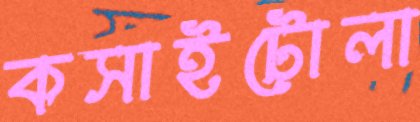
কসাইটোলা